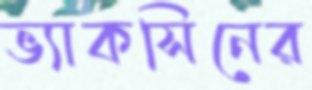
ভ্যাকসিনের